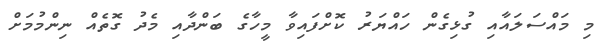
މި މައްސަލައާއި ގުޅިގެން ހައްޔަރު ކޮށްފައިވާ މީހާގެ ބަންދާއި މެދު ގޮތެއް ނިންމުމަށް